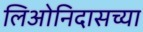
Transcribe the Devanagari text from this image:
लिओनिदासच्या